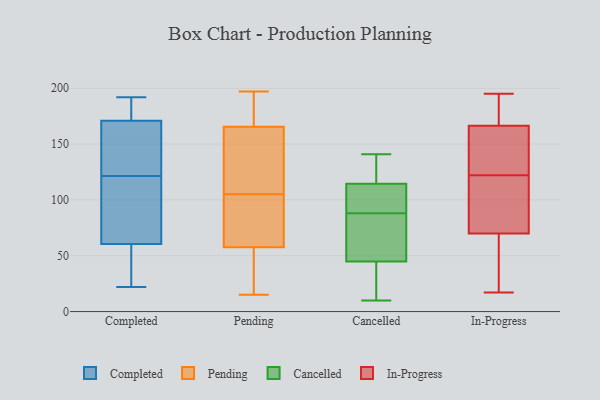
{"axis": {"x": "Revenue (USD Million)", "y": "Value"}, "legend": ["Cancelled", "Completed", "In-Progress", "Pending"], "data": [{"x": "", "y": 42, "type": "Completed"}, {"x": "", "y": 140, "type": "Completed"}, {"x": "", "y": 68, "type": "Completed"}, {"x": "", "y": 67, "type": "Completed"}, {"x": "", "y": 50, "type": "Completed"}, {"x": "", "y": 190, "type": "Completed"}, {"x": "", "y": 22, "type": "Completed"}, {"x": "", "y": 192, "type": "Completed"}, {"x": "", "y": 152, "type": "Completed"}, {"x": "", "y": 40, "type": "Completed"}, {"x": "", "y": 54, "type": "Completed"}, {"x": "", "y": 85, "type": "Completed"}, {"x": "", "y": 154, "type": "Completed"}, {"x": "", "y": 172, "type": "Completed"}, {"x": "", "y": 171, "type": "Completed"}, {"x": "", "y": 117, "type": "Completed"}, {"x": "", "y": 171, "type": "Completed"}, {"x": "", "y": 179, "type": "Completed"}, {"x": "", "y": 126, "type": "Completed"}, {"x": "", "y": 95, "type": "Completed"}, {"x": "", "y": 35, "type": "Pending"}, {"x": "", "y": 197, "type": "Pending"}, {"x": "", "y": 117, "type": "Pending"}, {"x": "", "y": 192, "type": "Pending"}, {"x": "", "y": 65, "type": "Pending"}, {"x": "", "y": 170, "type": "Pending"}, {"x": "", "y": 15, "type": "Pending"}, {"x": "", "y": 175, "type": "Pending"}, {"x": "", "y": 164, "type": "Pending"}, {"x": "", "y": 18, "type": "Pending"}, {"x": "", "y": 106, "type": "Pending"}, {"x": "", "y": 151, "type": "Pending"}, {"x": "", "y": 56, "type": "Pending"}, {"x": "", "y": 58, "type": "Pending"}, {"x": "", "y": 105, "type": "Pending"}, {"x": "", "y": 66, "type": "Pending"}, {"x": "", "y": 69, "type": "Pending"}, {"x": "", "y": 113, "type": "Cancelled"}, {"x": "", "y": 115, "type": "Cancelled"}, {"x": "", "y": 42, "type": "Cancelled"}, {"x": "", "y": 87, "type": "Cancelled"}, {"x": "", "y": 104, "type": "Cancelled"}, {"x": "", "y": 10, "type": "Cancelled"}, {"x": "", "y": 89, "type": "Cancelled"}, {"x": "", "y": 84, "type": "Cancelled"}, {"x": "", "y": 141, "type": "Cancelled"}, {"x": "", "y": 88, "type": "Cancelled"}, {"x": "", "y": 33, "type": "Cancelled"}, {"x": "", "y": 28, "type": "Cancelled"}, {"x": "", "y": 116, "type": "Cancelled"}, {"x": "", "y": 132, "type": "Cancelled"}, {"x": "", "y": 53, "type": "Cancelled"}, {"x": "", "y": 17, "type": "In-Progress"}, {"x": "", "y": 168, "type": "In-Progress"}, {"x": "", "y": 122, "type": "In-Progress"}, {"x": "", "y": 115, "type": "In-Progress"}, {"x": "", "y": 90, "type": "In-Progress"}, {"x": "", "y": 123, "type": "In-Progress"}, {"x": "", "y": 169, "type": "In-Progress"}, {"x": "", "y": 195, "type": "In-Progress"}, {"x": "", "y": 128, "type": "In-Progress"}, {"x": "", "y": 80, "type": "In-Progress"}, {"x": "", "y": 40, "type": "In-Progress"}, {"x": "", "y": 31, "type": "In-Progress"}, {"x": "", "y": 166, "type": "In-Progress"}]}